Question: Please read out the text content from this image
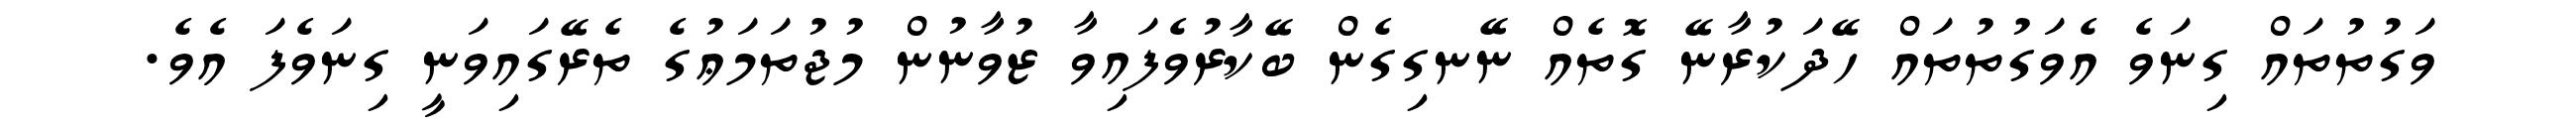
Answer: ވަގުތުތައް ގިނަވެ އެވަގުތުތައް ހޭދަކުރާނޭ ގޮތެއް ނޭނގިގެން ބޭކާރުވެފައިވާ ޒުވާނުން މުޖުތަމަޢުގެ ތެރޭގައިވަނީ ގިނަވެފަ އެވެ.